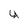
Character: y